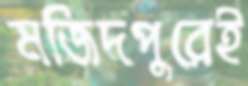
মজিদপুরেই